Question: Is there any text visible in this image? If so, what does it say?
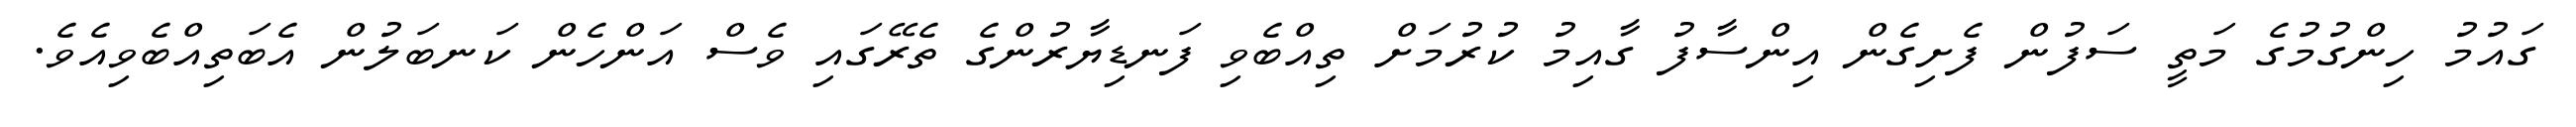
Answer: ގައުމު ހިންގުމުގެ މަތީ ސަފުން ފެށިގެން އިންސާފު ގާއިމު ކުރުމަށް ތިއްބެވި ފަނޑިޔާރުންގެ ތެރޭގައި ވެސް އަންހެން ކަނބަލުން އެބަތިއްބެވިއެވެ.